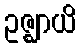
ဥဇ္ဈာယိ